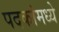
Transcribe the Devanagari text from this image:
पदकांमध्ये